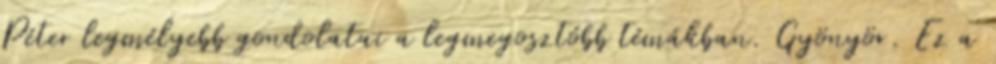
Péter legmélyebb gondolatai a legmegosztóbb témákban. Gyönyör. Ez a